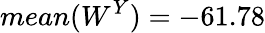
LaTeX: mean(W^{Y})=-61.78